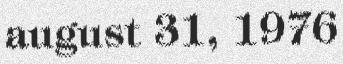
august 31, 1976